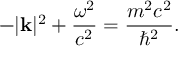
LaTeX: - | \mathbf { k } | ^ { 2 } + { \frac { \omega ^ { 2 } } { c ^ { 2 } } } = { \frac { m ^ { 2 } c ^ { 2 } } { \hbar ^ { 2 } } } .